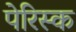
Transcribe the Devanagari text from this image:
पेरिस्क